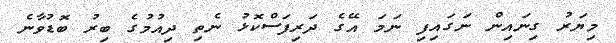
މިޔަރު ގިނައިން ނަގައިފި ނަމަ އޭގެ ދަރިފަސްކޮޅު ނެތި ދިއުމުގެ ބިރު ބޮޑުވާނެ